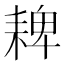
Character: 𦓸